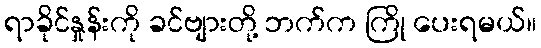
ရာခိုင်နှုန်းကို ခင်ဗျားတို့ ဘက်က ကြို ပေးရမယ်။